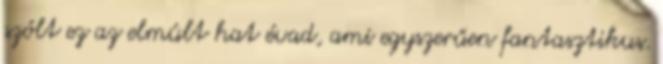
szólt ez az elmúlt hat évad, ami egyszerűen fantasztikus.